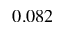
0 . 0 8 2